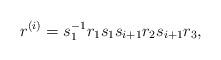
LaTeX: \begin{align*}r^{(i)}=s^{-1}_1 r_1 s_1 s_{i+1} r_2 s_{i+1} r_3,\end{align*}